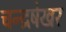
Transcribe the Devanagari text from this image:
चन्द्रषेखर